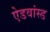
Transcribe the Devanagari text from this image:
ऐडवांस्ड